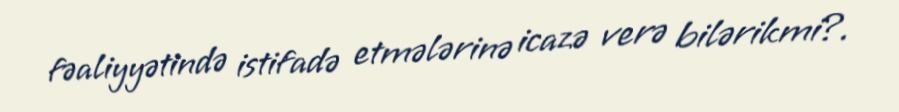
fəaliyyətində istifadə etmələrinə icazə verə bilərikmi?.